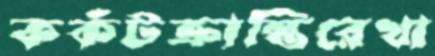
কর্কটক্রান্তিরেখা